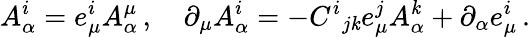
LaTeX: A_{\alpha}^{i}=e_{\mu}^{i}A_{\alpha}^{\mu}\, ,\quad\partial_{\mu}A_{\alpha}^{i}=-C^{i}{}_{j\mathit{k}}e_{\mu}^{j}A_{\alpha}^{\mathit{k}}+\partial_{\alpha}e_{\mu}^{i}\, .